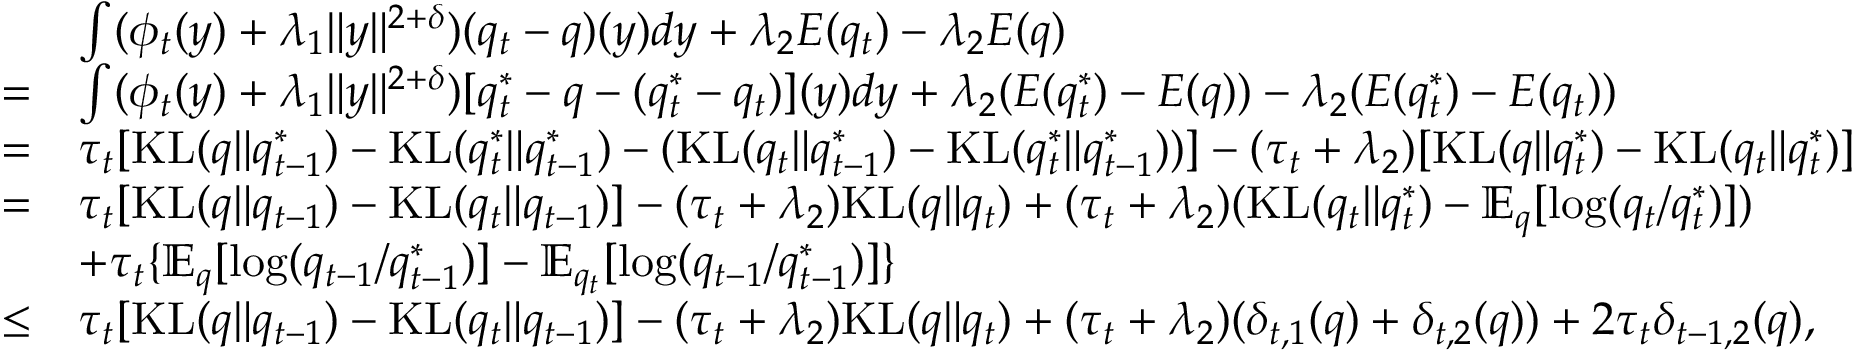
\begin{array} { r l } & { \int ( \phi _ { t } ( y ) + \lambda _ { 1 } \| y \| ^ { 2 + \delta } ) ( q _ { t } - q ) ( y ) d y + \lambda _ { 2 } { \cal E } ( q _ { t } ) - \lambda _ { 2 } { \cal E } ( q ) } \\ { = } & { \int ( \phi _ { t } ( y ) + \lambda _ { 1 } \| y \| ^ { 2 + \delta } ) [ q _ { t } ^ { * } - q - ( q _ { t } ^ { * } - q _ { t } ) ] ( y ) d y + \lambda _ { 2 } ( { \cal E } ( q _ { t } ^ { * } ) - { \cal E } ( q ) ) - \lambda _ { 2 } ( { \cal E } ( q _ { t } ^ { * } ) - { \cal E } ( q _ { t } ) ) } \\ { = } & { \tau _ { t } [ \mathrm { K L } ( q \| q _ { t - 1 } ^ { * } ) - \mathrm { K L } ( q _ { t } ^ { * } \| q _ { t - 1 } ^ { * } ) - ( \mathrm { K L } ( q _ { t } \| q _ { t - 1 } ^ { * } ) - \mathrm { K L } ( q _ { t } ^ { * } \| q _ { t - 1 } ^ { * } ) ) ] - ( \tau _ { t } + \lambda _ { 2 } ) [ \mathrm { K L } ( q \| q _ { t } ^ { * } ) - \mathrm { K L } ( q _ { t } \| q _ { t } ^ { * } ) ] } \\ { = } & { \tau _ { t } [ \mathrm { K L } ( q \| q _ { t - 1 } ) - \mathrm { K L } ( q _ { t } \| q _ { t - 1 } ) ] - ( \tau _ { t } + \lambda _ { 2 } ) \mathrm { K L } ( q \| q _ { t } ) + ( \tau _ { t } + \lambda _ { 2 } ) ( \mathrm { K L } ( q _ { t } \| q _ { t } ^ { * } ) - \mathbb { E } _ { q } [ \log ( q _ { t } / q _ { t } ^ { * } ) ] ) } \\ & { + \tau _ { t } \{ \mathbb { E } _ { q } [ \log ( q _ { t - 1 } / q _ { t - 1 } ^ { * } ) ] - \mathbb { E } _ { q _ { t } } [ \log ( q _ { t - 1 } / q _ { t - 1 } ^ { * } ) ] \} } \\ { \leq } & { \tau _ { t } [ \mathrm { K L } ( q \| q _ { t - 1 } ) - \mathrm { K L } ( q _ { t } \| q _ { t - 1 } ) ] - ( \tau _ { t } + \lambda _ { 2 } ) \mathrm { K L } ( q \| q _ { t } ) + ( \tau _ { t } + \lambda _ { 2 } ) ( \delta _ { t , 1 } ( q ) + \delta _ { t , 2 } ( q ) ) + 2 \tau _ { t } \delta _ { t - 1 , 2 } ( q ) , } \end{array}